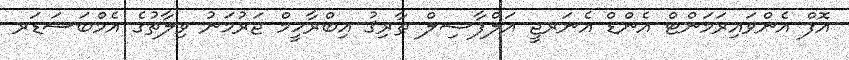
އޮފް އެންވައިރަމަންޓް އެންޑް އެނަރޖީ އަލްފާޟިލް ޠާރިޤު އިބްރާހީމް ޖަރުމަނު ވިލާތުގެ އެމްބަސަޑަރ